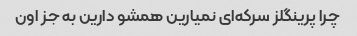
چرا پرینگلز سرکه‌ای نمیارین همشو دارین به جز اون